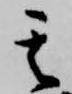
其